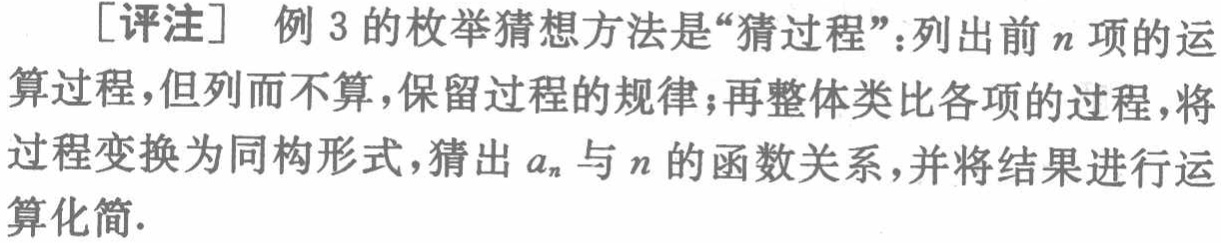
[评注] 例 3 的枚举猜想方法是“猜过程”：列出前 \(n\) 项的运算过程，但列而不算，保留过程的规律；再整体类比各项的过程，将过程变换为同构形式，猜出 \(a_{n}\) 与 \(n\) 的函数关系，并将结果进行运算化简.